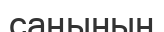
саңының